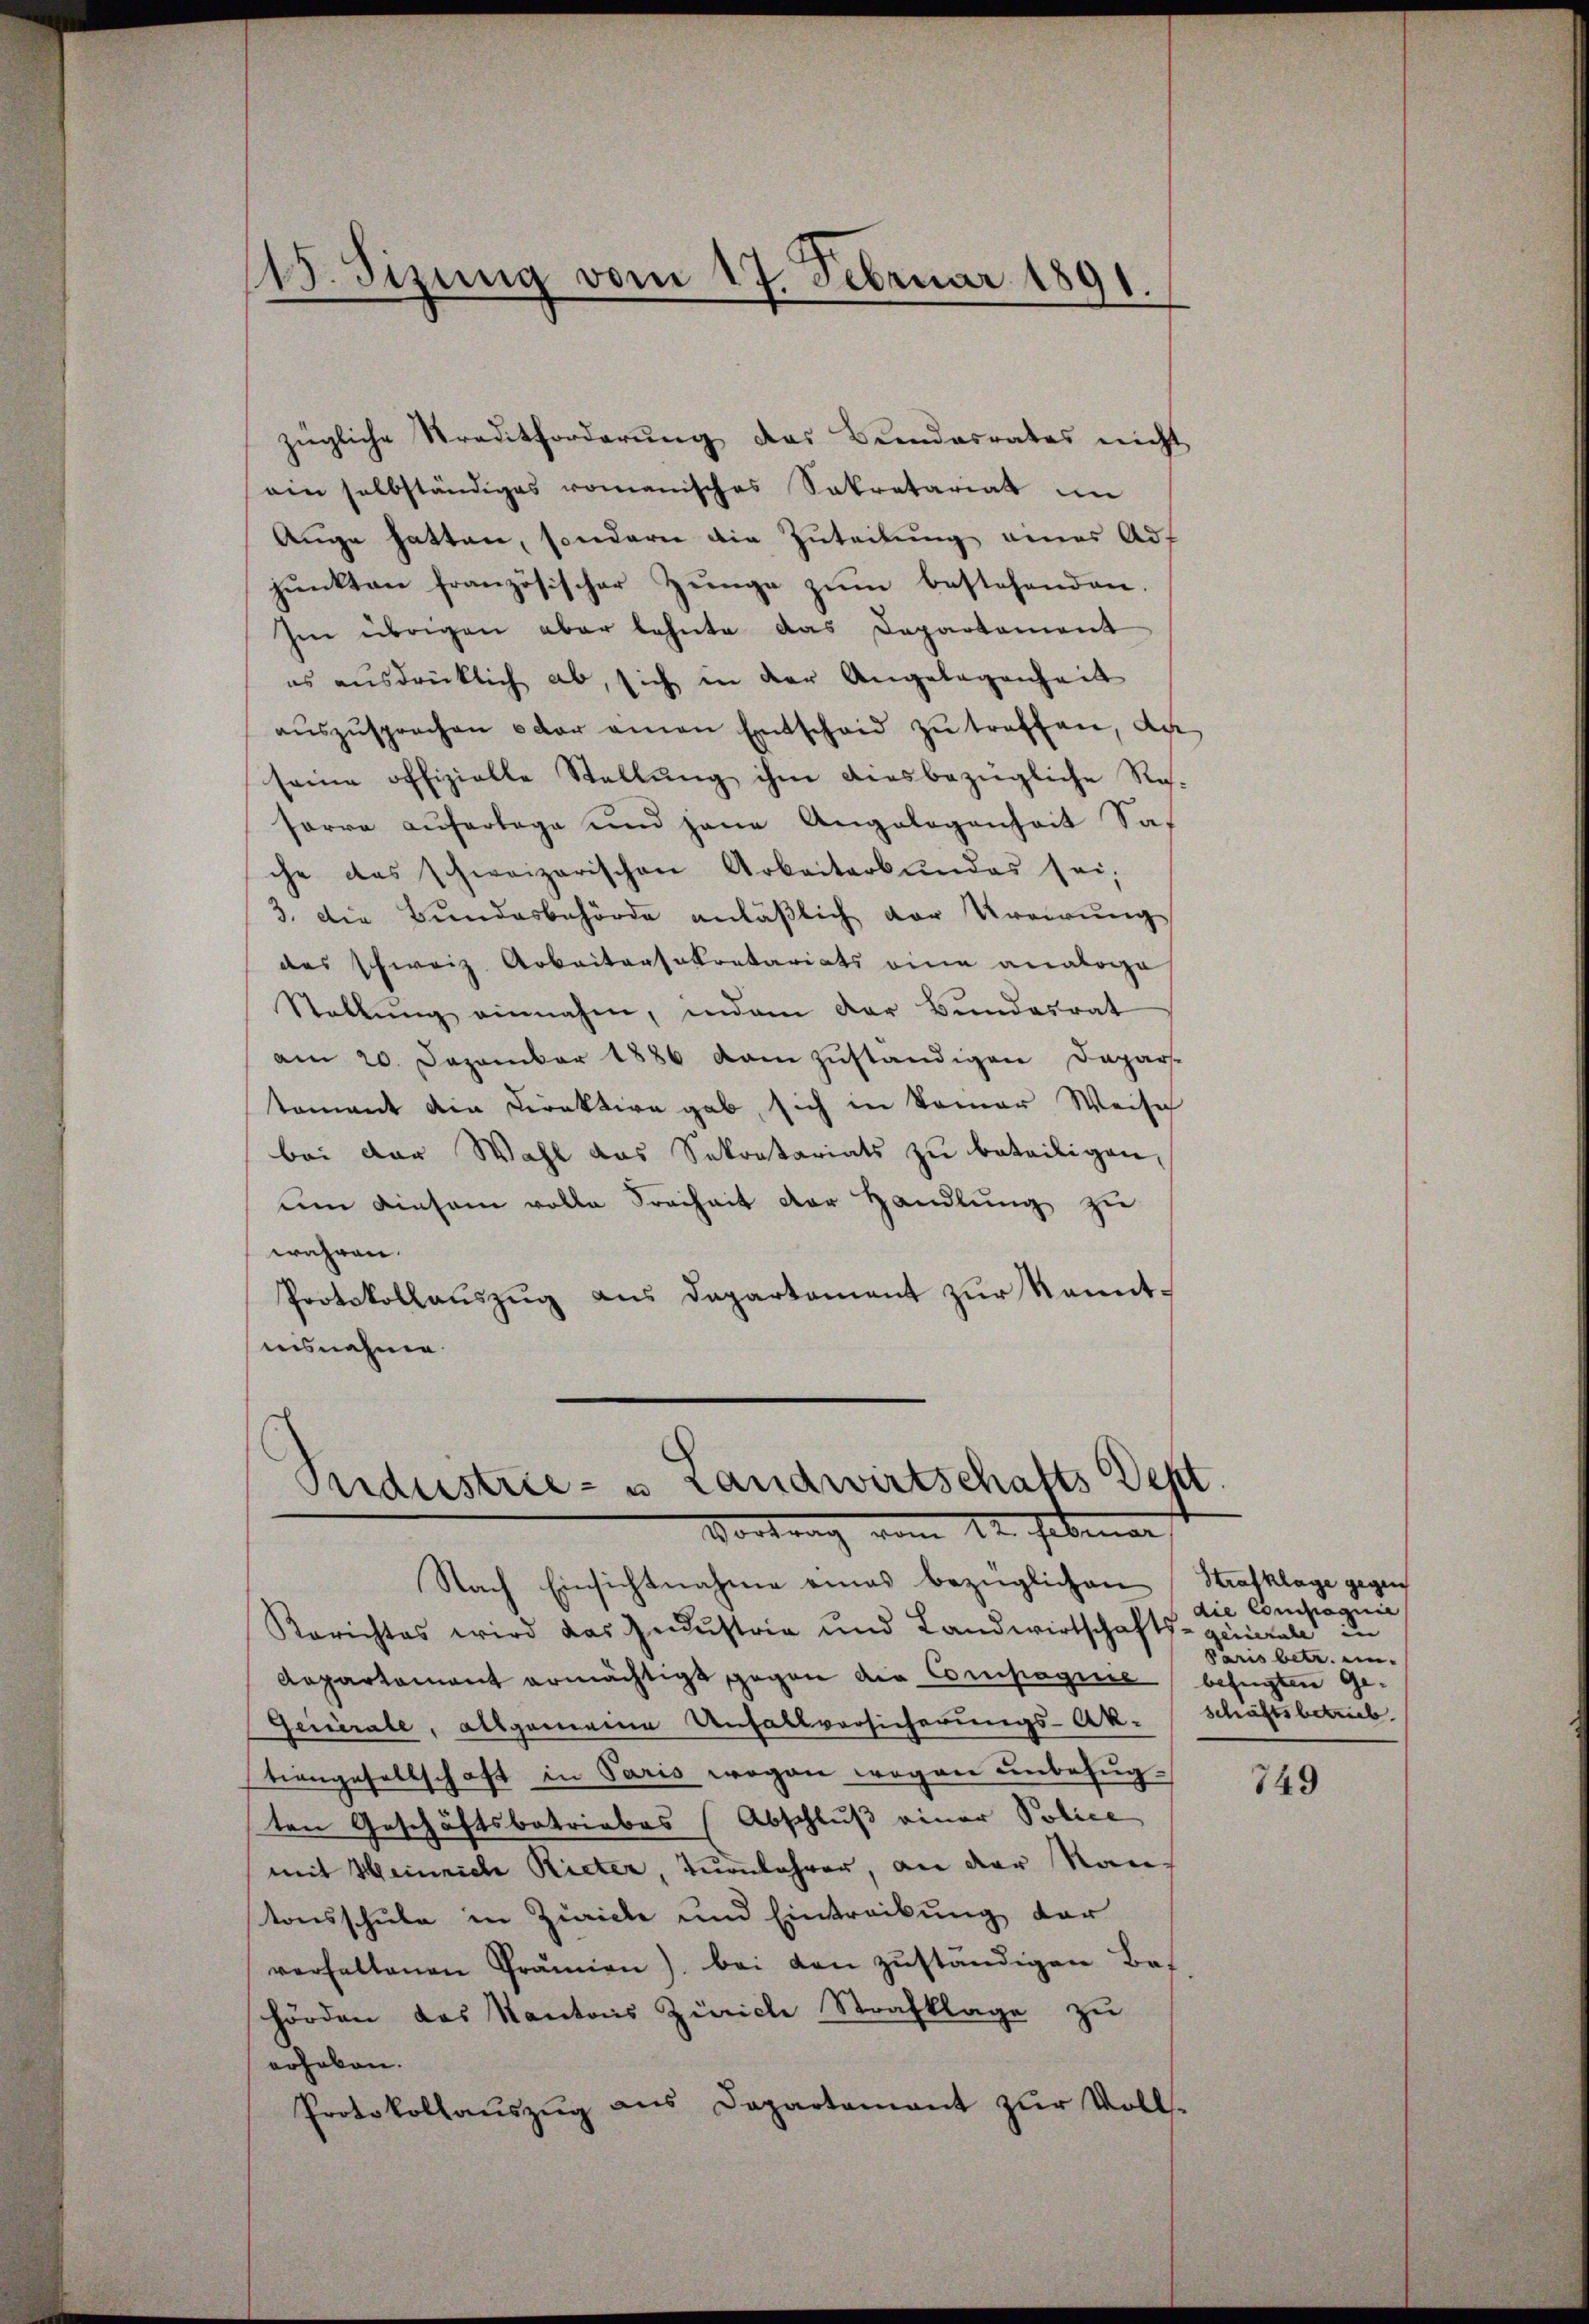
115. Sizung vom 17. Februar 1891

zügliche Traditforderung des Bundesrates nicht
ein selbständiges romanisches Sekretariat im
Auge hatten, sondern die Zuteilung einer Auf
pŭnkten französischer Zunge zŭm bestehenden.
Im übrigen aber lehnte das Departement
es ausdrücklich ab, sich in der Angelegenheit
aŭszŭsprochen oder einen Entscheid zŭ treffen, da
seine offizielle Stellŭng ihm diesbezügliche Res.
serre auferlege und jene Angelegenheit Sache das schweizerischen Arbeiterbundes sei,
3. Die Bundesbehörde anläßlich der Urgirung
des schweiz. Arbeitersekretariats eine analoge
Stallŭng einnahm, indem der Bŭndesrat
am 20. Dezember 1886 kam zuständigen Depar-
tamant die Direktive gab, sich in keiner Weisch
bei der Wahl das Sekretariats zu beteiligen,
um einsam volle Freiheit der Handlung zu
währen.
Protokollauszug aus Departement zur Kenntinsnehme

Pudustrie- u. Landwirtschafts Sept.
Vortrag vom 12. Februar

Nach Einsichtnahme eines bezüglichen Strafklage gegen
Rerichtes wird das Gedustria und Landwirtschafts-ciale in
Repartament ermächtigt gegen die Compagnie befugten Ge¬
Geinerale, allgemeine Unfallversicherungs-Ak-Schäftsbetrieb
tiengesellschaft in Paris wegen wegen unbefugten Geschäftsbetriebes (Abschluß einer Police
mit Heinrich Rieter, Turnlehrer, an der Rautonsschule in Zürich und Eintreckung der
verfallenen Prämien) bei den zuständigen Be-
hörden das Kantons Zürich Strafklage zu
erhaben.
Protokollaŭszŭg ans Departamant zŭr Volls-

die Compagnie
pris betr. ein-

749